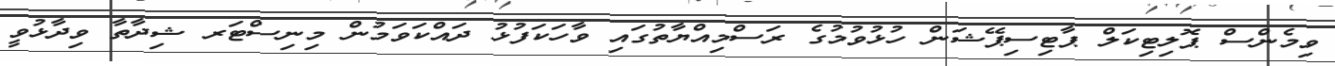
ވިމެންސް ޕޮލިޓިކަލް ޕާޓިސިޕޭޝަން ހުޅުވުމުގެ ރަސްމިއްޔާތުގައި ވާހަކަފުޅު ދައްކަވަމުން މިނިސްޓަރ ޝިދާތާ ވިދާޅުވީ